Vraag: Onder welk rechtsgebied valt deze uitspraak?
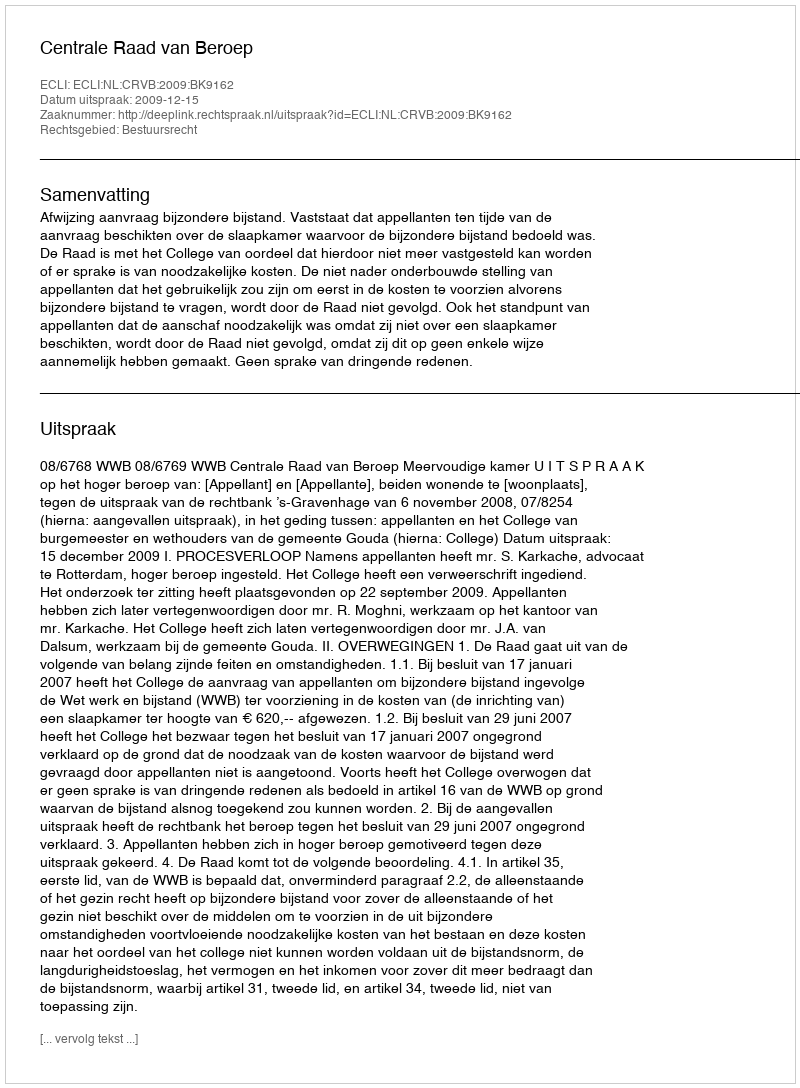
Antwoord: Bestuursrecht